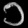
Digit: ၁